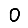
Digit: 0